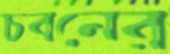
চবনের